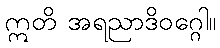
ဣတိ အရညာဒိဝဂ္ဂေါ။